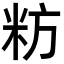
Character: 𮇉